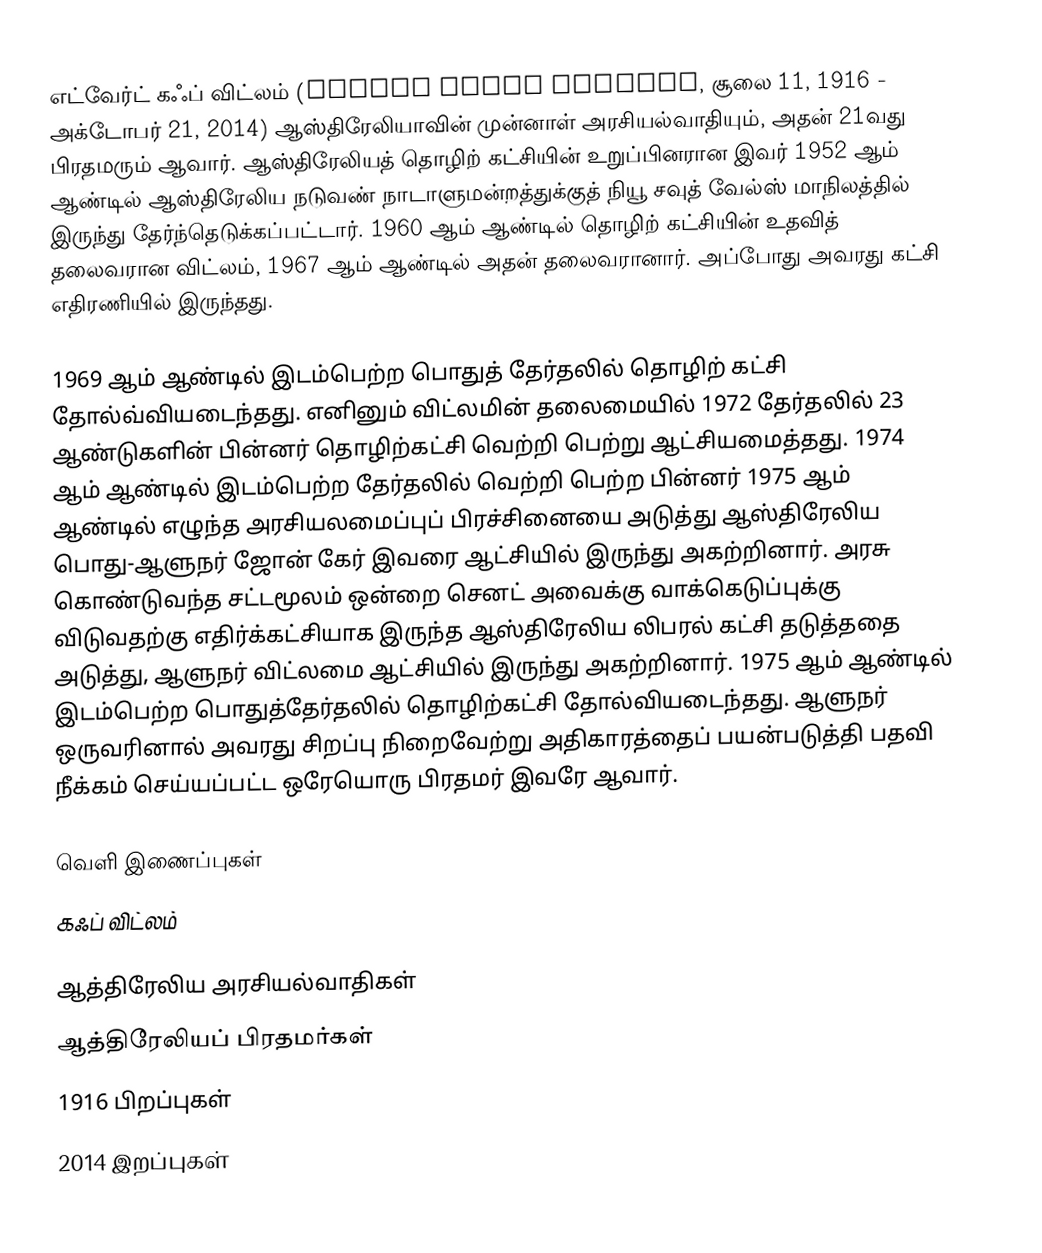
எட்வேர்ட் கஃப் விட்லம் (Edward Gough Whitlam, சூலை 11, 1916 - அக்டோபர் 21, 2014) ஆஸ்திரேலியாவின் முன்னாள் அரசியல்வாதியும், அதன் 21வது பிரதமரும் ஆவார். ஆஸ்திரேலியத் தொழிற் கட்சியின் உறுப்பினரான இவர் 1952 ஆம் ஆண்டில் ஆஸ்திரேலிய நடுவண் நாடாளுமன்றத்துக்குத் நியூ சவுத் வேல்ஸ் மாநிலத்தில் இருந்து தேர்ந்தெடுக்கப்பட்டார். 1960 ஆம் ஆண்டில் தொழிற் கட்சியின் உதவித் தலைவரான விட்லம், 1967 ஆம் ஆண்டில் அதன் தலைவரானார். அப்போது அவரது கட்சி எதிரணியில் இருந்தது.

1969 ஆம் ஆண்டில் இடம்பெற்ற பொதுத் தேர்தலில் தொழிற் கட்சி தோல்வ்வியடைந்தது. எனினும் விட்லமின் தலைமையில் 1972 தேர்தலில் 23 ஆண்டுகளின் பின்னர் தொழிற்கட்சி வெற்றி பெற்று ஆட்சியமைத்தது. 1974 ஆம் ஆண்டில் இடம்பெற்ற தேர்தலில் வெற்றி பெற்ற பின்னர் 1975 ஆம் ஆண்டில் எழுந்த அரசியலமைப்புப் பிரச்சினையை அடுத்து ஆஸ்திரேலிய பொது-ஆளுநர் ஜோன் கேர் இவரை ஆட்சியில் இருந்து அகற்றினார். அரசு கொண்டுவந்த சட்டமூலம் ஒன்றை செனட் அவைக்கு வாக்கெடுப்புக்கு விடுவதற்கு எதிர்க்கட்சியாக இருந்த ஆஸ்திரேலிய லிபரல் கட்சி தடுத்ததை அடுத்து, ஆளுநர் விட்லமை ஆட்சியில் இருந்து அகற்றினார். 1975 ஆம் ஆண்டில் இடம்பெற்ற பொதுத்தேர்தலில் தொழிற்கட்சி தோல்வியடைந்தது. ஆளுநர் ஒருவரினால் அவரது சிறப்பு நிறைவேற்று அதிகாரத்தைப் பயன்படுத்தி பதவி நீக்கம் செய்யப்பட்ட ஒரேயொரு பிரதமர் இவரே ஆவார்.

வெளி இணைப்புகள்
 கஃப் விட்லம்

ஆத்திரேலிய அரசியல்வாதிகள்
ஆத்திரேலியப் பிரதமர்கள்
1916 பிறப்புகள்
2014 இறப்புகள்